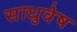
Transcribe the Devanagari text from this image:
साधुवेष